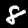
Label: 8